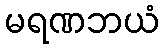
မရဏဘယံ